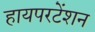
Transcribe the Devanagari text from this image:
हायपरटेंशन